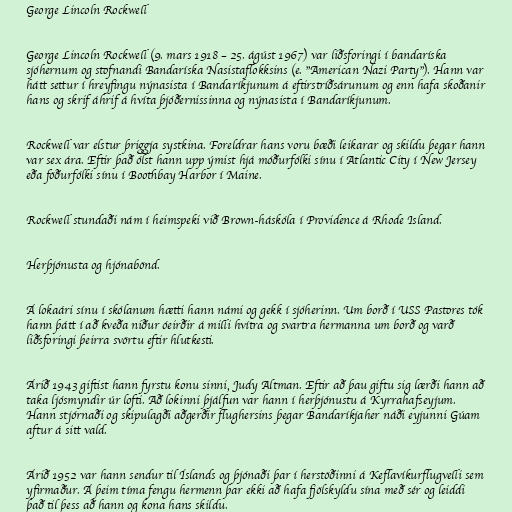
George Lincoln Rockwell

George Lincoln Rockwell (9. mars 1918 – 25. ágúst 1967) var liðsforingi í bandaríska
sjóhernum og stofnandi Bandaríska Nasistaflokksins (e. "American Nazi Party"). Hann var
hátt settur í hreyfingu nýnasista í Bandaríkjunum á eftirstríðsárunum og enn hafa skoðanir
hans og skrif áhrif á hvíta þjóðernissinna og nýnasista í Bandaríkjunum.

Rockwell var elstur þriggja systkina. Foreldrar hans voru bæði leikarar og skildu þegar hann
var sex ára. Eftir það ólst hann upp ýmist hjá móðurfólki sínu í Atlantic City í New Jersey
eða föðurfólki sínu í Boothbay Harbor í Maine.

Rockwell stundaði nám í heimspeki við Brown-háskóla í Providence á Rhode Island.

Herþjónusta og hjónabönd.

Á lokaári sínu í skólanum hætti hann námi og gekk í sjóherinn. Um borð í USS Pastores tók
hann þátt í að kveða niður óeirðir á milli hvítra og svartra hermanna um borð og varð
liðsforingi þeirra svörtu eftir hlutkesti.

Árið 1943 giftist hann fyrstu konu sinni, Judy Altman. Eftir að þau giftu sig lærði hann að
taka ljósmyndir úr lofti. Að lokinni þjálfun var hann í herþjónustu á Kyrrahafseyjum.
Hann stjórnaði og skipulagði aðgerðir flughersins þegar Bandaríkjaher náði eyjunni Gúam
aftur á sitt vald.

Árið 1952 var hann sendur til Íslands og þjónaði þar í herstöðinni á Keflavíkurflugvelli sem
yfirmaður. Á þeim tíma fengu hermenn þar ekki að hafa fjölskyldu sína með sér og leiddi
það til þess að hann og kona hans skildu.